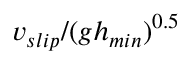
v _ { s l i p } / ( g h _ { m i n } ) ^ { 0 . 5 }